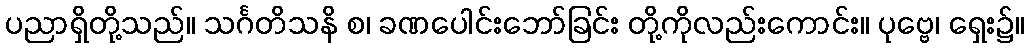
ပညာရှိတို့သည်။ သင်္ဂတိသနိ စ၊ ခဏပေါင်းဘော်ခြင်း တို့ကိုလည်းကောင်း။ ပုဗ္ဗေ၊ ရှေး၌။